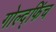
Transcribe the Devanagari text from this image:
गोल्द्फिंच